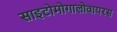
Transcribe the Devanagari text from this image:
साइटोमोगालोवायरस